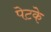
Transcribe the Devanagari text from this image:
पेटके